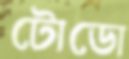
টোডো